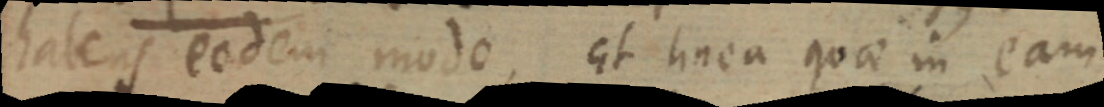
habens eadem modo, Et linea quae in eam